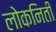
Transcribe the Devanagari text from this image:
लोकनिती